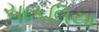
ચાકલિયા